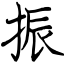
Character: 振